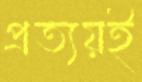
প্রত্যয়ই